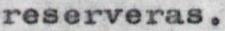
reserveras.